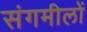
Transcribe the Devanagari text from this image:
संगमीलों